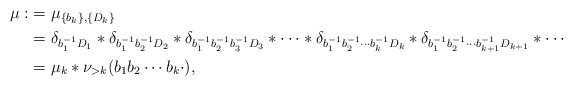
\begin{align*}\begin{aligned}\mu :&=\mu_{\{b_k\},\{D_k\}}\\&=\delta_{b_{1}^{-1}D_1}\ast\delta_{b_{1}^{-1}b_{2}^{-1}D_2}\ast\delta_{b_{1}^{-1}b_{2}^{-1} b_{3}^{-1}D_3}\ast\cdots\ast\delta_{b_{1}^{-1}b_{2}^{-1}\cdots b_{k}^{-1}D_k}\ast\delta_{b_{1}^{-1}b_{2}^{-1}\cdots b_{k+1}^{-1}D_{k+1}} \ast \cdots\\&=\mu_{k}\ast\nu_{>k}(b_{1}b_{2}\cdots b_{k}\cdot),\end{aligned}\end{align*}